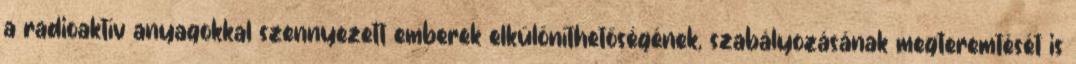
a radioaktív anyagokkal szennyezett emberek elkülöníthetőségének, szabályozásának megteremtését is